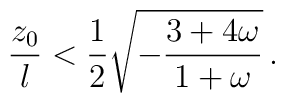
{z_0 \over l} < {1\over 2} \sqrt{- {{3+4\omega}\over{1+\omega}}} \, .